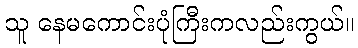
သူ နေမကောင်းပုံကြီးကလည်းကွယ်။